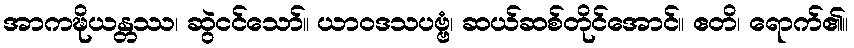
အာကဍ္ဎိယန္တဿ၊ ဆွဲငင်သော်။ ယာဝဒသပဗ္ဗံ၊ ဆယ်ဆစ်တိုင်အောင်။ ဧတိ၊ ရောက်၏။